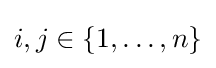
i,j\in \{1,\dots ,n\}